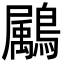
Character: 𪅱